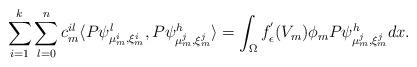
LaTeX: \begin{align*}\sum\limits_{i=1}^k\sum\limits_{l=0}^n c^{il}_m\langle P\psi^l_{ \mu_m^i,\xi_m^i}, P\psi^h_{ \mu_m^j,\xi_m^j}\rangle= \int_\Omega f_\epsilon^{'}(V_m)\phi_m P\psi^h_{ \mu_m^j,\xi_m^j}dx.\end{align*}